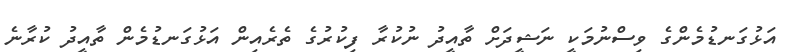
އަޅުގަނޑުމެންގެ ވިސްނުމަކީ ނަޝީދަށް ތާއީދު ނުކުރާ ފިކުރުގެ ތެރެއިން އަޅުގަނޑުމެން ތާއީދު ކުރާނެ